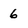
Character: 6